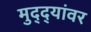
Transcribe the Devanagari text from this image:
मुद्‌द्‌यांवर